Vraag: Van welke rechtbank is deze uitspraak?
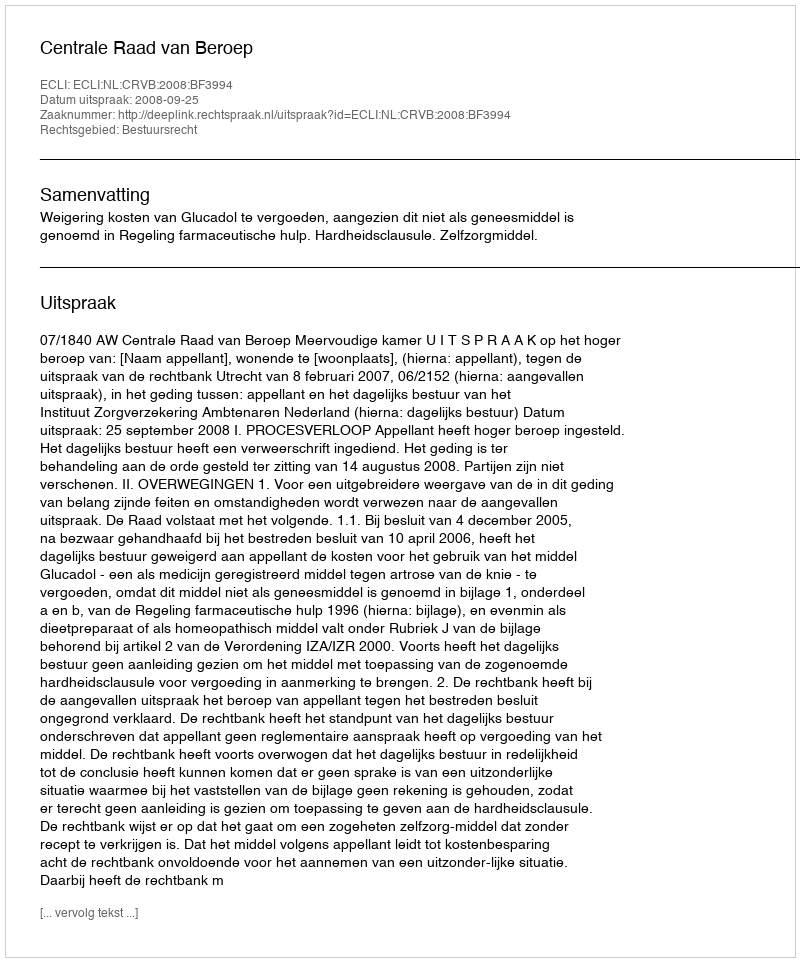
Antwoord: Centrale Raad van Beroep